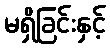
မရှိခြင်းနှင့်